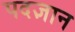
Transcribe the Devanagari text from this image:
पदज्ञान